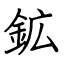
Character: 鉱